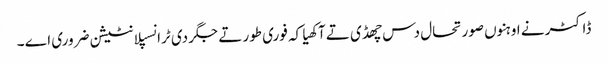
ڈاکٹر نے اوہنوں صورتحال دس چھڈی تے آکھیا کہ فوری طور تے جگر دی ٹرانسپلانٹیشن ضروری اے ۔